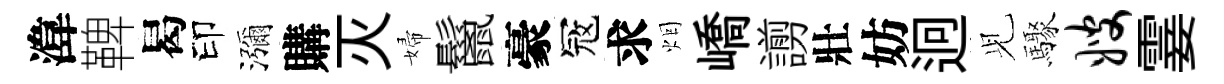
湋鞞曷印瀰購灭婦鬣豪冦求烟嶠謭壯妨迥𫤗驟嫂霎